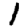
Digit: 1